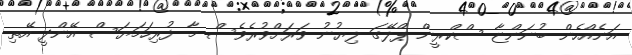
އަނެއްހެން ބުނަންޏާ ސްކްރީން ޕްލޭގަ ލިޔުނު ވަރަށްވުރެވެސް މާ ފުރިހަމަޔަސް އޭންދީ އޭތި